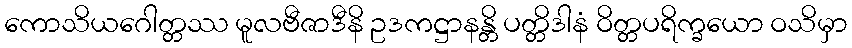
ကောသိယဂေါတ္တဿ မူလဗီဇာဒီနိ ဥဒကဋ္ဌာနန္တိ ပတ္တိဒါနံ ဝိတ္တပရိက္ခယော ဝသိမှာ